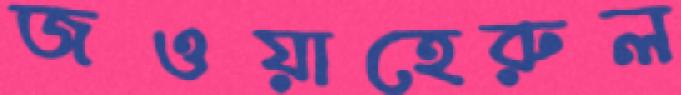
জওয়াহেরুল